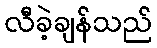
လီခဲ့ချန်သည်